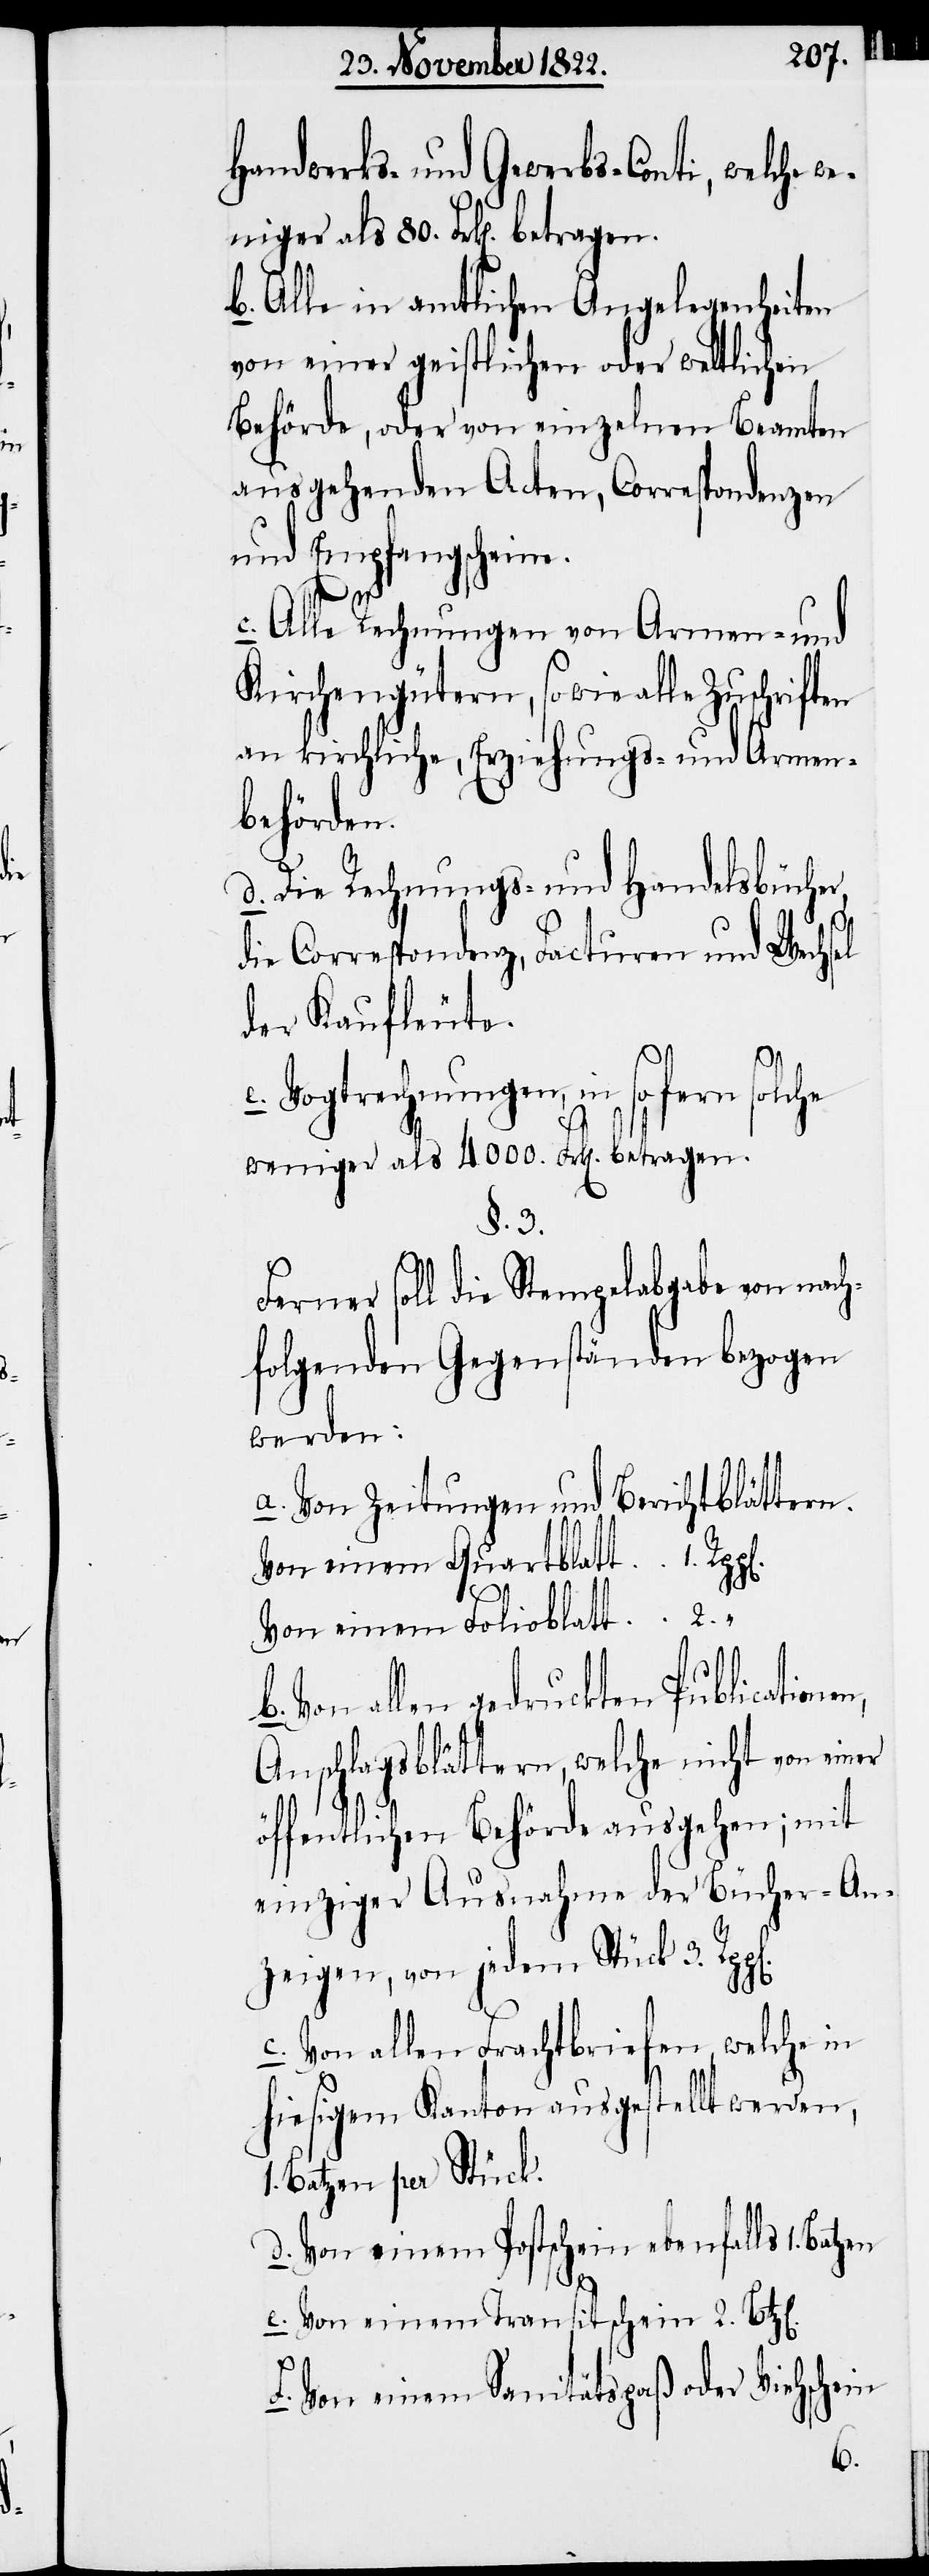
Handwerks- und Gewerbs-Conti, welche
b. Alle in amtlichen Angelegenheiten
von einer geistlichen oder weltlichen
Behörde, oder von einzelnen Beamten
ausgehenden Acten, Correspondenzen
und Empfangscheine.
Alle Rechnungen von Armen- und
Kirchengütern, sowie alle
an kirchliche, Erziehungs- und Armen¬
behörden.
d. Die Rechnungs- und Handelsbücher,
die Correspondenz, Facturen und Wechsel
der Kaufleute.
e. Vogtrechnungen, in so fern solche
weniger als 4000. Frk[en]. betragen.
§. 3.
Ferner soll die Stempelabgabe von nach¬
folgenden Gegenständen bezogen
werden:
a. Von Zeitungen und Berichtblättern.
Von einem Quartblatt	1.
Von einem Folioblatt	2. “
Von allen gedruckten Publicatione¬
Anschlagsblättern, welche nicht von einer
öffentlichen Behörde ausgehen; mit
einziger Ausnahme der Bücher-An¬
zeigen, von jedem Stück 3.
c. Von allen Frachtbriefen, welche in
hiesigem Kanton ausgestellt werden,
1. Batzen per Stück.
d. Von einem Postschein ebenfalls 1.
n,
e. Von einem Transitschein 2.
f. Von einem Sanitätspaß oder Viehschein